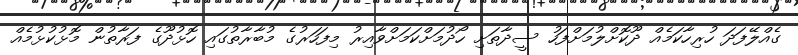
ގެއްލޭފަދަ ހުރިހާކަމެއް ދޫކޮށްލުމަށްފަހު ސީދާތަށި ހޯދުމަށްކަމަށްވާއިރު މިފަހަރުގެ މުބާރާތުގައި ހޮޅުދޫގެ ފަރާތުން މޮޅުކުޅުމެއް